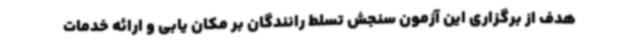
هدف از برگزاری این آزمون سنجش تسلط رانندگان بر مکان یابی و ارائه خدمات